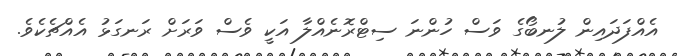
އެއްފަދައިން ލުނބޯގެ ވަސް ހުންނަ ސިޓްރޮނެއްލާ އަކީ ވެސް ވަރަށް ރަނގަޅު އެއްޗެކެވެ.